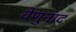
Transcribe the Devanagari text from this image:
वेणुनाद